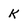
Character: k